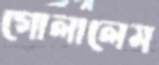
গোলালেম